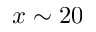
x \sim 2 0